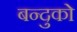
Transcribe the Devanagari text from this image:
बन्दुको